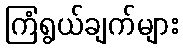
ကြံရွယ်ချက်များ